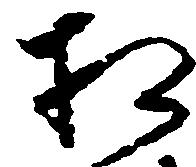
相